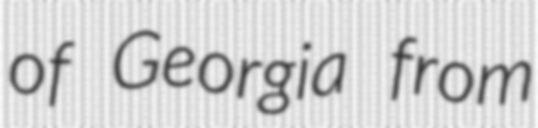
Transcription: of Georgia from